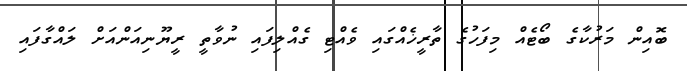
ބޮއިން މަރުކާގެ ބޯޓެއް މިފަހުގެ ތާރީޚެއްގައި ވެއްޓި ގެއްލިފައި ނުވާތީ ރީޔޫނިއަންއަށް ލައްގާފައި